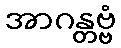
အာဂန္တဗ္ဗံ